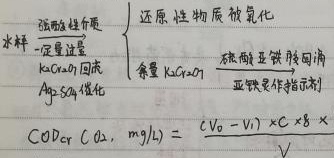
强酸性介质水样 $\xrightarrow{一定量过量}$
$\begin{cases}
\text{还原性物质被氧化}\\
\text{剩余 }K_{2}Cr_{2}O_{7}\xrightarrow[\text{硫酸亚铁铵回滴}]{\text{试亚铁灵作指示剂}}
\end{cases}$
$K_{2}Cr_{2}O_{7}$ 回流，$Ag_{2}SO_{4}$ 催化
$COD_{Cr}(O_{2},\ mg/L)=\frac{(V_{0}-V_{1})\times c\times 8\times 1000}{V}$